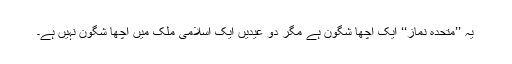
یہ ’’متحدہ نماز‘‘ ایک اچھا شگون ہے مگر دو عیدیں ایک اسلامی ملک میں اچھا شگون نہیں ہے۔